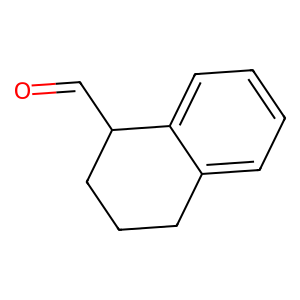
SMILES: O=CC1CCCc2ccccc21
Inhibits HIV replication: No